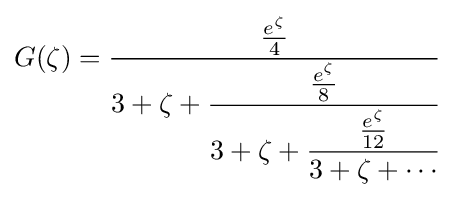
G(\zeta )={\frac {\tfrac {e^{\zeta }}{4}}{3+\zeta +{\cfrac {\tfrac {e^{\zeta }}{8}}{3+\zeta +{\cfrac {\tfrac {e^{\zeta }}{12}}{3+\zeta +\cdots }}}}}}